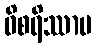
ဝိစရိဿာမ